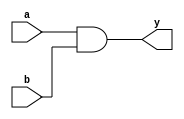
module combinational_logic (
    input wire a,      // Input signal a
    input wire b,      // Input signal b
    output reg y       // Output signal y
);

// Always block to model combinational logic
always @ (a or b) begin
    y = a & b;        // Assign output y as the logical AND of inputs a and b
end

endmodule